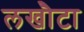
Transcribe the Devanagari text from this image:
लखौटा